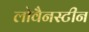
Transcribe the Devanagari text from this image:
लोवैनस्टीन